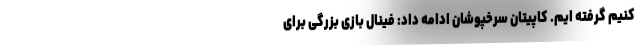
کنیم گرفته ایم. ‌‌کاپیتان سرخپوشان ادامه داد: فینال بازی بزرگی برای